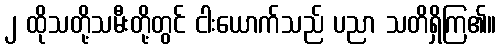
၂ ထိုသတို့သမီးတို့တွင် ငါးယောက်သည် ပညာ သတိရှိကြ၏။